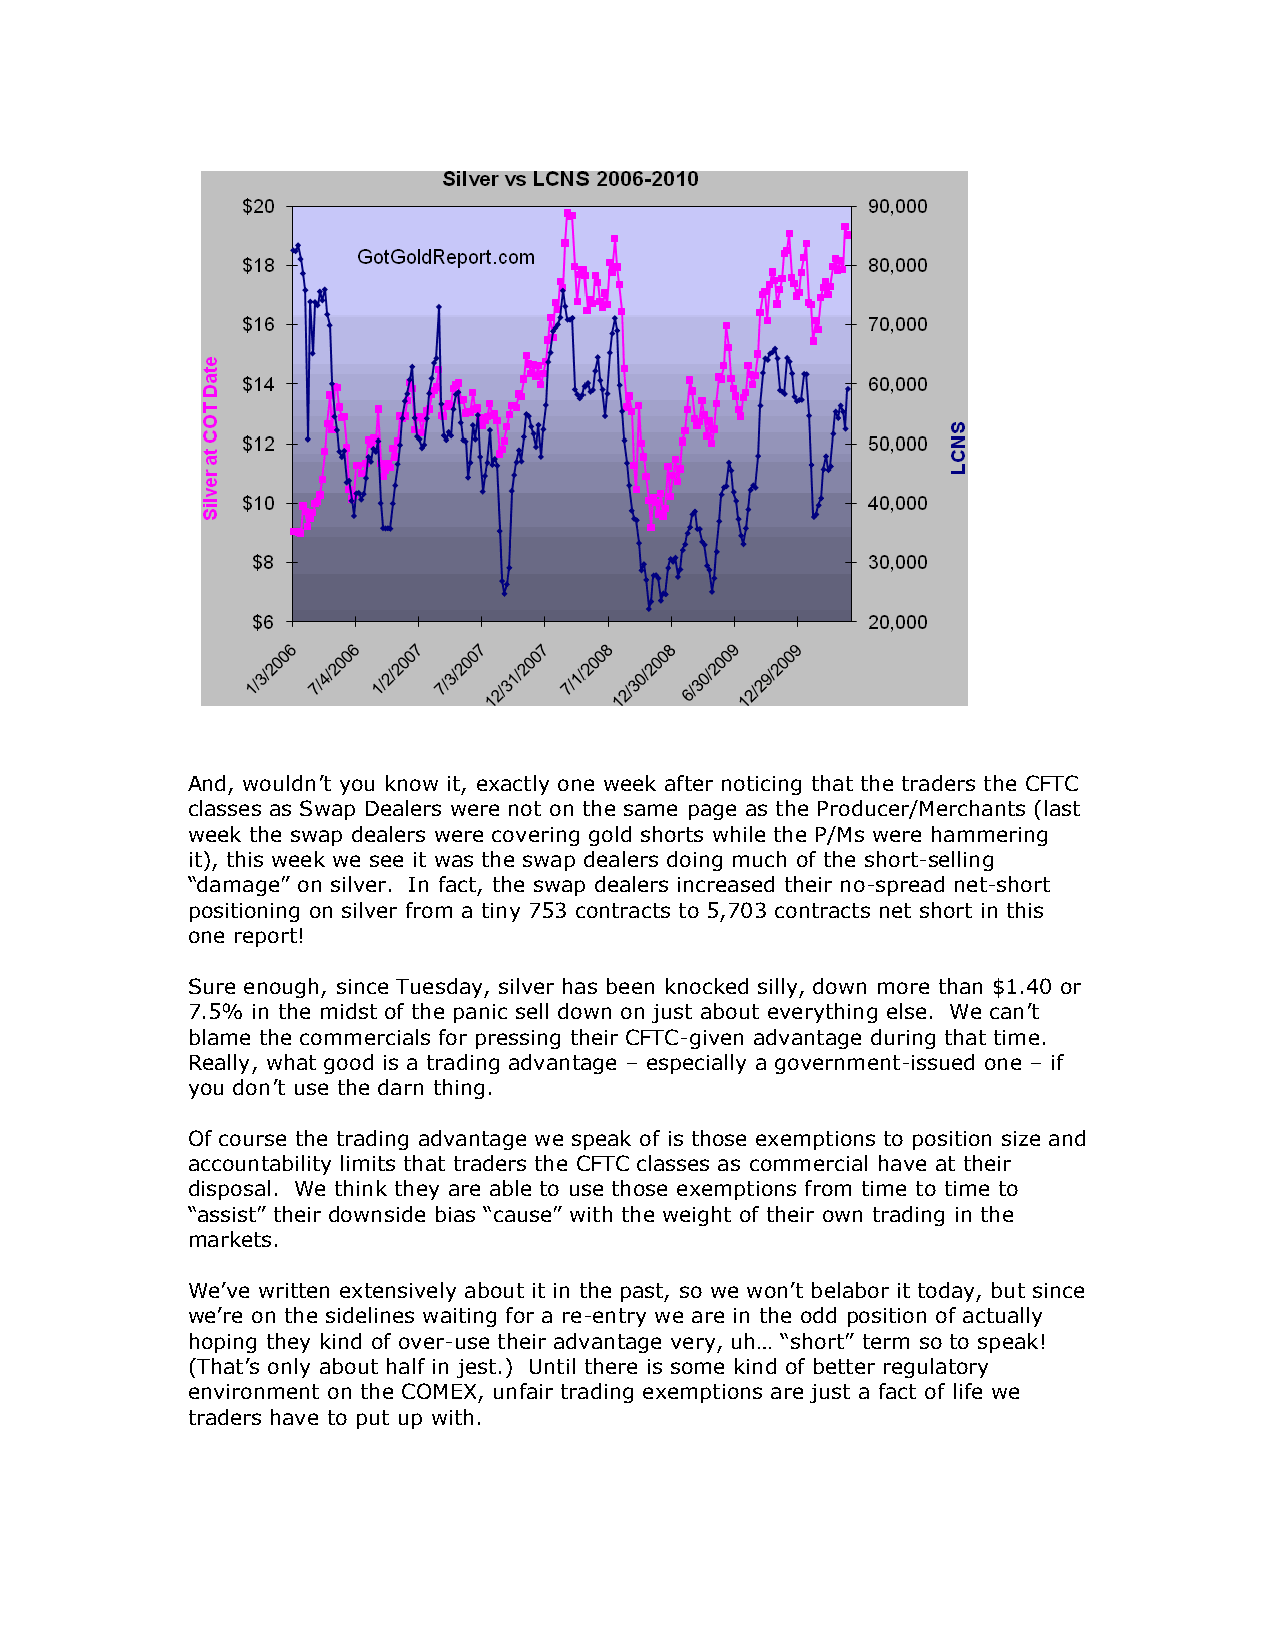
And, wouldn’t you know it, exactly one week after noticing that the traders the CFTC
 classes as Swap Dealers were not on the same page as the Producer/Merchants (last
 week the swap dealers were covering gold shorts while the P/Ms were hammering
 it), this week we see it was the swap dealers doing much of the short-selling
 “damage” on silver. In fact, the swap dealers increased their no-spread net-short
 positioning on silver from a tiny 753 contracts to 5,703 contracts net short in this
 one report!
 Sure enough, since Tuesday, silver has been knocked silly, down more than $1.40 or
 7.5% in the midst of the panic sell down on just about everything else. We can’t
 blame the commercials for pressing their CFTC-given advantage during that time.
 Really, what good is a trading advantage – especially a government-issued one – if
 you don’t use the darn thing.
 Of course the trading advantage we speak of is those exemptions to position size and
 accountability limits that traders the CFTC classes as commercial have at their
 disposal. We think they are able to use those exemptions from time to time to
 “assist” their downside bias “cause” with the weight of their own trading in the
 markets.
 We’ve written extensively about it in the past, so we won’t belabor it today, but since
 we’re on the sidelines waiting for a re-entry we are in the odd position of actually
 hoping they kind of over-use their advantage very, uh… “short” term so to speak!
 (That’s only about half in jest.) Until there is some kind of better regulatory
 environment on the COMEX, unfair trading exemptions are just a fact of life we
 traders have to put up with.